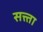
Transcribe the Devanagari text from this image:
सत्त्ता